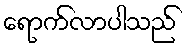
ရောက်လာပါသည်